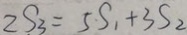
2 S _ { 3 } = 5 S _ { 1 } + 3 S _ { 2 }